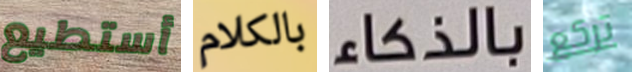
أستطيع بالكلام بالذكاء تركع